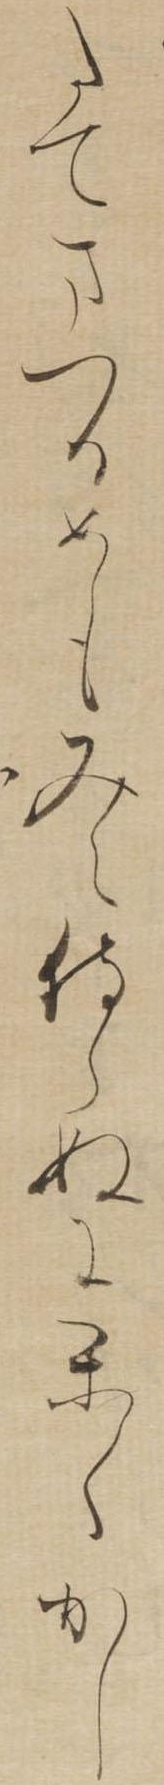
たてまつるめもみえ侍らぬにかくかし